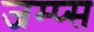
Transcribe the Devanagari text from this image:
जम्प्स